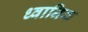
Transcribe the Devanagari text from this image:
ध्‍वानिक